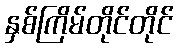
နှစ်ကြိမ်တိုင်တိုင်